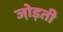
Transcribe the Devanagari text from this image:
जो़ड़ती